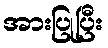
အားပြုပြီး